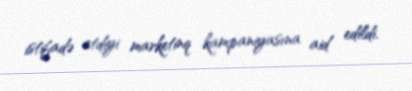
istifadə etdiyi marketinq kampaniyasına aid edildi.